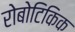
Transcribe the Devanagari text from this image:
रोबोटिकिक